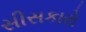
સીસકારો